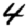
Digit: 4